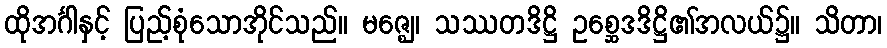
ထိုအင်္ဂါနှင့် ပြည့်စုံသောအိုင်သည်။ မဇ္ဈေ၊ သဿတဒိဋ္ဌိ ဥစ္ဆေဒဒိဋ္ဌိ၏အလယ်၌။ သိတာ၊